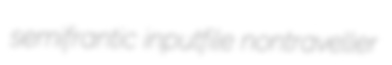
semifrantic inputfile nontraveller